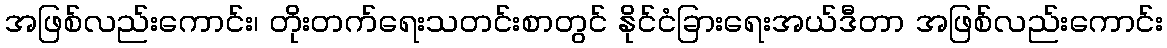
အဖြစ်လည်းကောင်း၊ တိုးတက်ရေးသတင်းစာတွင် နိုင်ငံခြားရေးအယ်ဒီတာ အဖြစ်လည်းကောင်း